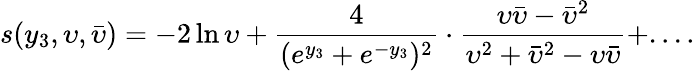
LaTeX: s(y_{3},\upsilon,\bar{\upsilon})=-2\ln\upsilon+\frac{4}{(e^{y_{3}}+e^{-y_{3}})^{2}}\cdot\frac{\upsilon{\bar{\upsilon}}-{\bar{\upsilon}^{2}}}{\upsilon^{2}+{\bar{\upsilon}}^{2}-\upsilon{\bar{\upsilon}}}+....